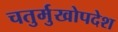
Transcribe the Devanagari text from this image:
चतुर्मुखोपदेश